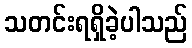
သတင်းရရှိခဲ့ပါသည်